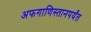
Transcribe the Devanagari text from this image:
अफगाणिस्तानपर्यंत